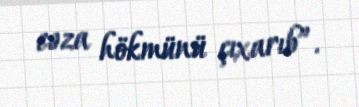
cəza hökmünü çıxarıb”.